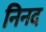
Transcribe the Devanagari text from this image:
निनद